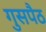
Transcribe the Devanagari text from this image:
गुसपैठ